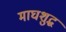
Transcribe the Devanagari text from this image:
माघशुद्ध